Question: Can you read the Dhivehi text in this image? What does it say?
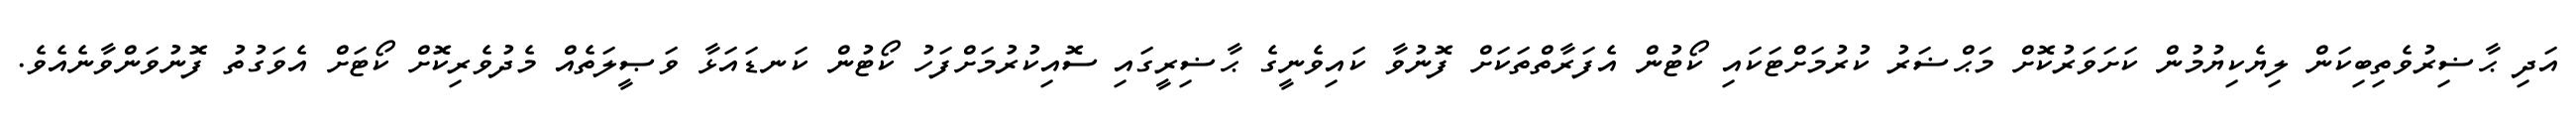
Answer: އަދި ޙާޟިރުވެތިބިކަން ލިޔެކިޔުމުން ކަށަވަރުކޮށް މަޙްޟަރު ކުރުމަށްޓަކައި ކޯޓުން އެފަރާތްތަކަށް ފޮނުވާ ކައިވެނީގެ ޙާޟިރީގައި ސޮއިކުރުމަށްފަހު ކޯޓުން ކަނޑައަޅާ ވަޞީލަތެއް މެދުވެރިކޮށް ކޯޓަށް އެވަގުތު ފޮނުވަންވާނެއެވެ.